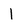
Character: 1